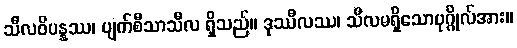
သီလဝိပန္နဿ၊ ပျက်စီသာသီလ ရှိသည်။ ဒုဿီလဿ၊ သီလမရှိသောပုဂ္ဂိုလ်အား။